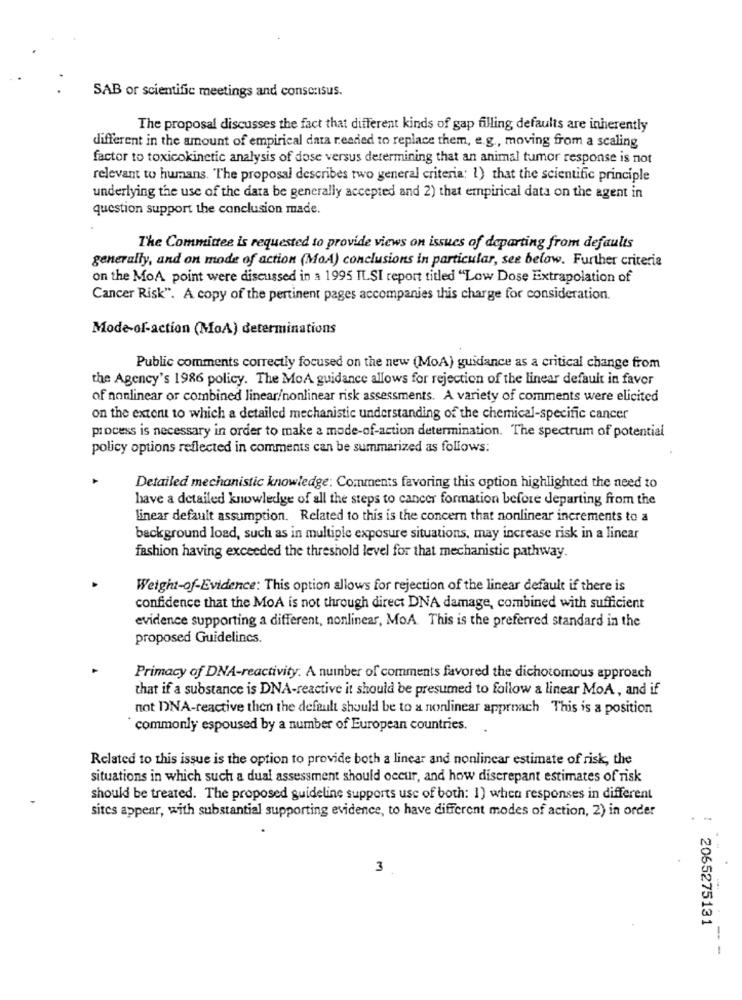
SAB or scientific meetings and consensus.
The proposal discusses the fact that different kinds of gap filling defaults are inherently
different in the amount of empirical data readed to replace them, e.g ., moving from a scaling
factor to toxicokinetic analysis of dose versus determining that an animal tumor response is not
relevant to humans. The proposal describes two general criteria; 1) that the scientific principle
underlying the use of the data be generally accepted and 2) that empirical data on the agent in
question support the conclusion made.
The Committee is requested to provide views on issues of departing from defaults
generally, and on mode of action (MoA) conclusions in particular, see below. Further criteria
on the MoA point were discussed in a 1995 ILSI report titled "Low Dose Extrapolation of
Cancer Risk". A copy of the pertinent pages accompanies this charge for consideration.
Mode-of-action (MoA) determinations
Public comments correctly focused on the new (MoA) guidance as a critical change from
the Agency's 1986 policy. The MoA guidance allows for rejection of the linear default in favor
of nonlinear or combined linear/nonlinear risk assessments. A variety of comments were elicited
on the extent to which a detailed mechanistic understanding of the chemical-specific cancer
process is necessary in order to make a mode-of-action determination. The spectrum of potential
policy options reflected in comments can be summarized as follows:
Detailed mechanistic knowledge: Comments favoring this option highlighted the need to
have a detailed knowledge of all the steps to cancer formation before departing from the
linear default assumption. Related to this is the concern that nonlinear increments to a
background load, such as in multiple exposure situations, may increase risk in a linear
fashion having exceeded the threshold level for that mechanistic pathway.
Weight-of-Evidence: This option allows for rejection of the linear default if there is
confidence that the MoA is not through direct DNA damage, combined with sufficient
evidence supporting a different, nonlinear, MoA. This is the preferred standard in the
proposed Guidelines.
Primacy of DNA-reactivity: A number of comments favored the dichotomous approach
that if a substance is DNA-reactive it should be presumed to follow a linear MoA, and if
not DNA-reactive then the default should be to a nonlinear approach This is a position
commonly espoused by a number of European countries.
Related to this issue is the option to provide both a linear and nonlinear estimate of risk, the
situations in which such a dual assessment should occur, and how discrepant estimates of risk
should be treated. The proposed guideline supports use of both: 1) when responses in different
sites appear, with substantial supporting evidence, to have different modes of action, 2) in order
3
: 2055275131
--